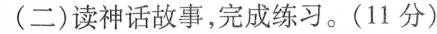
(二) 读神话故事，完成练习。(11分)